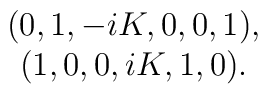
\begin{array}{cccccc}(0, 1, -iK, 0, 0, 1), \\ (1, 0, 0, iK, 1, 0).\end{array}